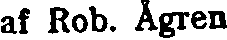
af Rob. Ågren